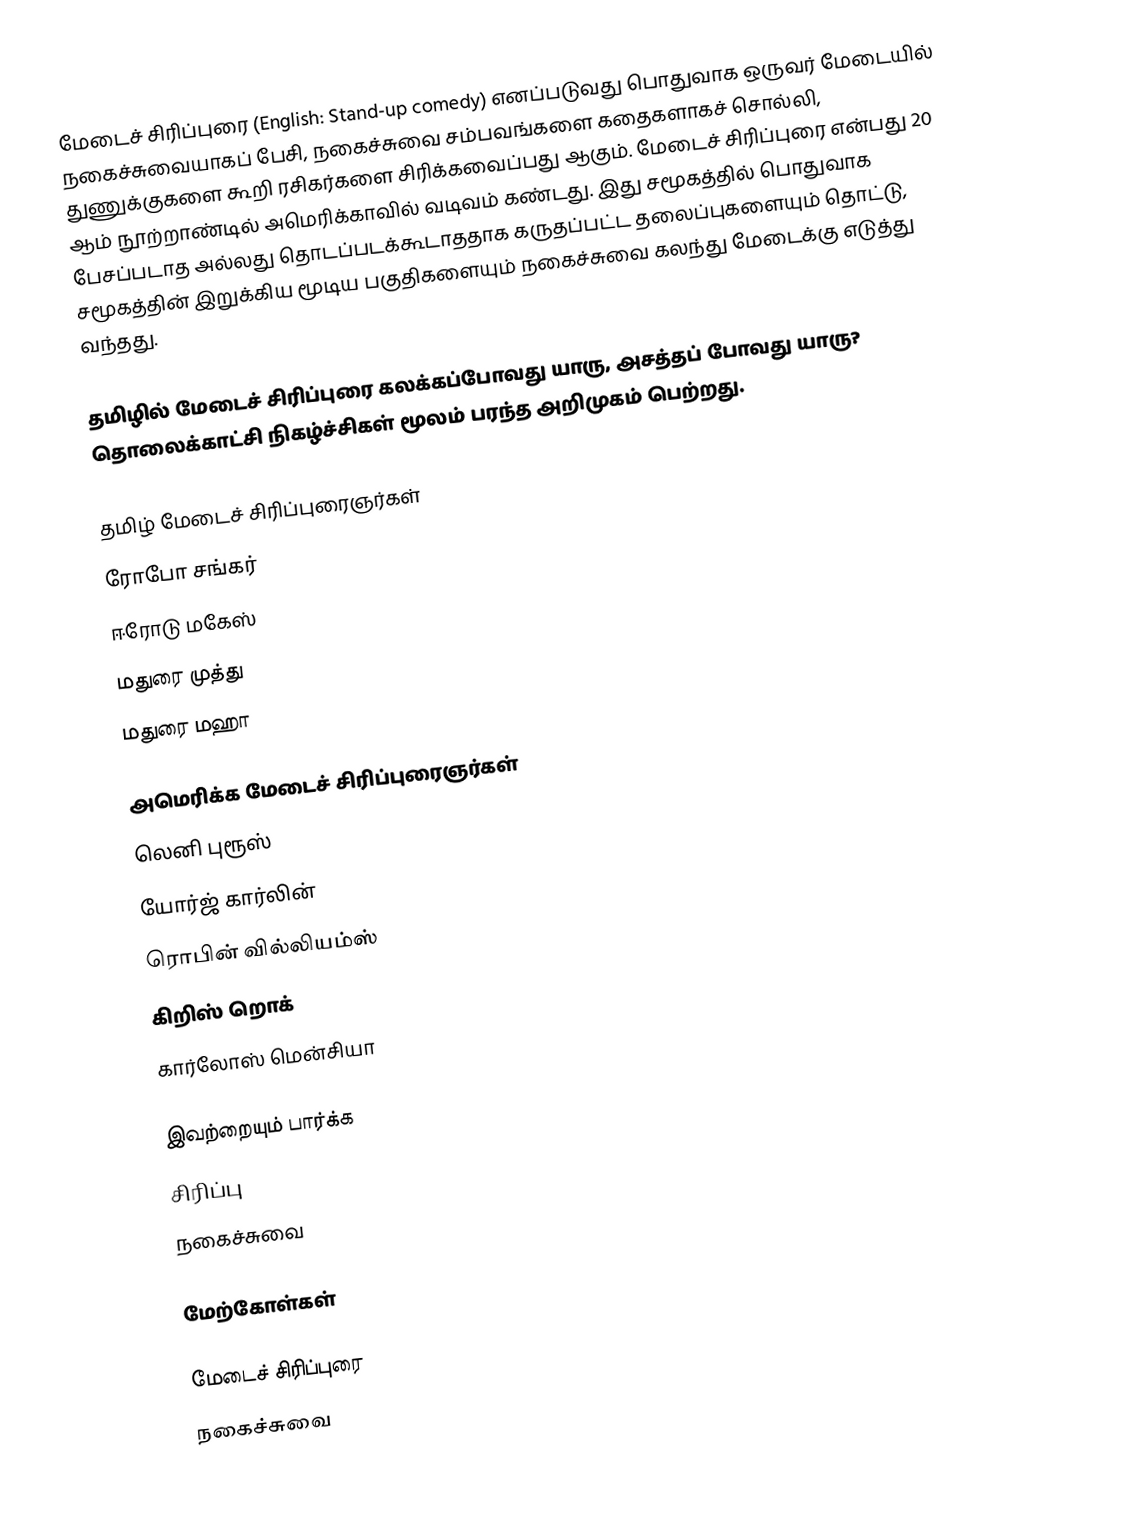
மேடைச் சிரிப்புரை (English: Stand-up comedy) எனப்படுவது பொதுவாக ஒருவர் மேடையில் நகைச்சுவையாகப் பேசி, நகைச்சுவை சம்பவங்களை கதைகளாகச் சொல்லி, துணுக்குகளை கூறி ரசிகர்களை சிரிக்கவைப்பது ஆகும். மேடைச் சிரிப்புரை என்பது 20 ஆம் நூற்றாண்டில் அமெரிக்காவில் வடிவம் கண்டது. இது சமூகத்தில் பொதுவாக பேசப்படாத அல்லது தொடப்படக்கூடாததாக கருதப்பட்ட தலைப்புகளையும் தொட்டு, சமூகத்தின் இறுக்கிய மூடிய பகுதிகளையும் நகைச்சுவை கலந்து மேடைக்கு எடுத்து வந்தது.

தமிழில் மேடைச் சிரிப்புரை  கலக்கப்போவது யாரு, அசத்தப் போவது யாரு? தொலைக்காட்சி நிகழ்ச்சிகள் மூலம் பரந்த அறிமுகம் பெற்றது.

தமிழ் மேடைச் சிரிப்புரைஞர்கள்
 ரோபோ சங்கர்
 ஈரோடு மகேஸ்
 மதுரை முத்து
 மதுரை மஹா

அமெரிக்க மேடைச் சிரிப்புரைஞர்கள்
 லெனி புரூஸ்
 யோர்ஜ் கார்லின்
 ரொபின் வில்லியம்ஸ்
 கிறிஸ் றொக்
 கார்லோஸ் மென்சியா

இவற்றையும் பார்க்க
 சிரிப்பு
 நகைச்சுவை

மேற்கோள்கள்

மேடைச் சிரிப்புரை
நகைச்சுவை